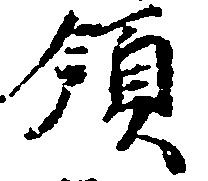
領